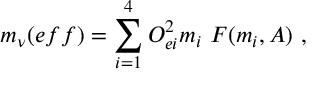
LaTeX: m _ { \nu } ( e f f ) = \sum _ { i = 1 } ^ { 4 } { \cal O } _ { e i } ^ { 2 } m _ { i } ~ F ( m _ { i } , A ) \ ,